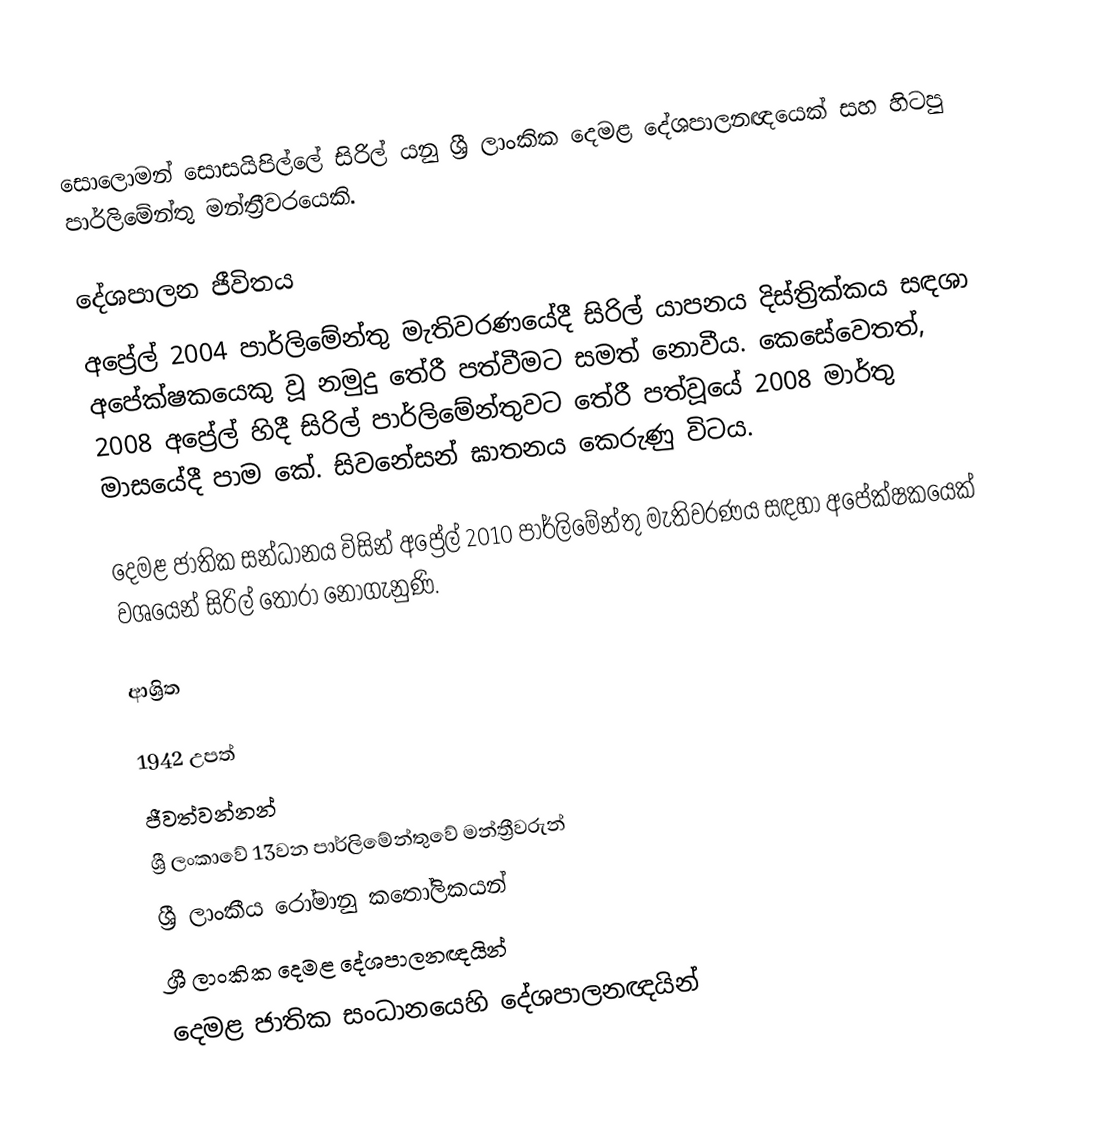
සොලොමන් සොසයිපිල්ලේ සිරිල් යනු  ශ්‍රී ලාංකික දෙමළ දේශපාලනඥයෙක් සහ හිටපු පාර්ලිමේන්තු මන්ත්‍රීවරයෙකි.

දේශපාලන ජීවිතය
අප්‍රේල් 2004 පාර්ලිමේන්තු මැතිවරණයේදී සිරිල්  යාපනය දිස්ත්‍රික්කය සඳශා අපේක්ෂකයෙකු වූ නමුදු තේරී පත්වීමට සමත් නොවීය. කෙසේවෙතත්, 2008 අප්‍රේල් හිදී සිරිල් පාර්ලිමේන්තුවට තේරී පත්වූයේ  2008 මාර්තු මාසයේදී  පාම කේ. සිවනේසන් ඝාතනය කෙරුණු විටය.

දෙමළ ජාතික සන්ධානය විසින් අප්‍රේල් 2010 පාර්ලිමේන්තු මැතිවරණය සඳහා අපේක්ෂකයෙක් වශයෙන් සිරිල් තෝරා නොගැනුණි.

ආශ්‍රිත

1942 උපත්
ජීවත්වන්නන්
ශ්‍රී ලංකාවේ 13වන පාර්ලිමේන්තුවේ මන්ත්‍රීවරුන්
ශ්‍රී ලාංකීය රෝමානු කතෝලිකයන්
ශ්‍රී ලාංකික දෙමළ දේශපාලනඥයින්
දෙමළ ජාතික සංධානයෙහි දේශපාලනඥයින්